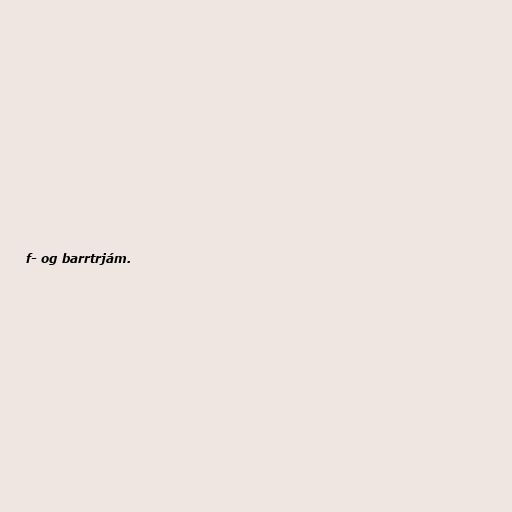
f- og barrtrjám.